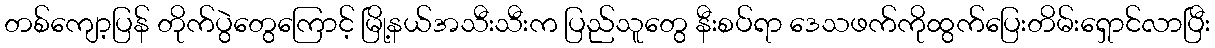
တစ်ကျော့ပြန် တိုက်ပွဲတွေကြောင့် မြို့နယ်အသီးသီးက ပြည်သူတွေ နီးစပ်ရာ ဒေသဖက်ကိုထွက်ပြေးတိမ်းရှောင်လာပြီး